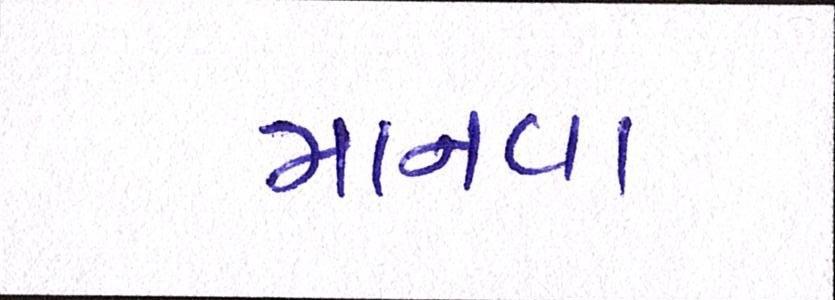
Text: માનવા